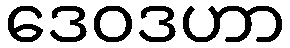
ဒေဝဒဟာ